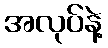
အလုပ်နဲ့